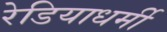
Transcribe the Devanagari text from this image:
रेडियाधर्मी